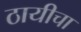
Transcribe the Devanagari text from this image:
ठायीचा